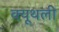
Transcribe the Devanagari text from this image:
क्यूथली